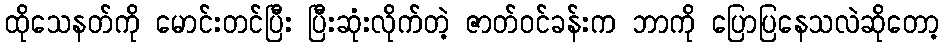
ထိုသေနတ်ကို မောင်းတင်ပြီး ပြီးဆုံးလိုက်တဲ့ ဇာတ်ဝင်ခန်းက ဘာကို ပြောပြနေသလဲဆိုတော့